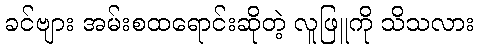
ခင်ဗျား အမ်းစထရောင်းဆိုတဲ့ လူဖြူကို သိသလား